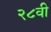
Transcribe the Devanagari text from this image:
२८वी